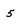
Character: 5